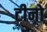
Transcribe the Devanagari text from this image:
टीनो